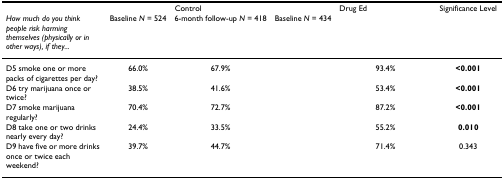
<table><thead><tr><td>[EMPTY_CELL]</td><td colspan="2"><b>Control</b></td><td colspan="2"><b>Drug Ed</b></td><td><b>Significance Level</b></td></tr><tr><td><b><i>How much do you think people risk harming themselves (physically or in other ways), if they...</i></b></td><td><b>Baseline <i>N </i>= 524</b></td><td><b>6-month follow-up <i>N </i>= 418</b></td><td><b>Baseline <i>N </i>= 434</b></td><td>[EMPTY_CELL]</td><td>[EMPTY_CELL]</td></tr></thead><tbody><tr><td>D5 smoke one or more packs of cigarettes per day?</td><td>66.0%</td><td>67.9%</td><td>[EMPTY_CELL]</td><td>93.4%</td><td><b>&lt;0.001</b></td></tr><tr><td>D6 try marijuana once or twice?</td><td>38.5%</td><td>41.6%</td><td>[EMPTY_CELL]</td><td>53.4%</td><td><b>&lt;0.001</b></td></tr><tr><td>D7 smoke marijuana regularly?</td><td>70.4%</td><td>72.7%</td><td>[EMPTY_CELL]</td><td>87.2%</td><td><b>&lt;0.001</b></td></tr><tr><td>D8 take one or two drinks nearly every day?</td><td>24.4%</td><td>33.5%</td><td>[EMPTY_CELL]</td><td>55.2%</td><td><b>0.010</b></td></tr><tr><td>D9 have five or more drinks once or twice each weekend?</td><td>39.7%</td><td>44.7%</td><td>[EMPTY_CELL]</td><td>71.4%</td><td>0.343</td></tr></tbody></table>